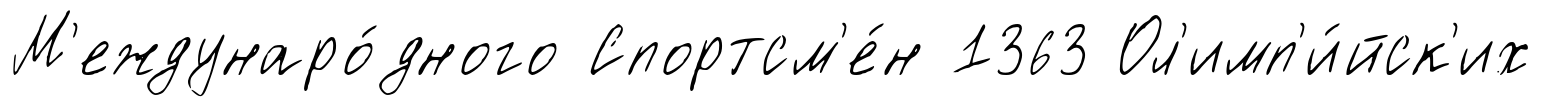
М'еждунаро́дного Спортсм'е́н 1363 Ол'имп'и́йск'их